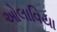
ઓલાવિયા